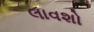
લાવશો